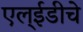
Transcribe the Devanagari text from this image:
एल्‌ईडीचे